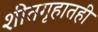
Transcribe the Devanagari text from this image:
शीतगृहातही